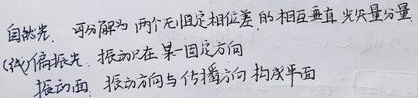
自然光，可分解为两个无固定相位差的相互垂直、光矢量分量（线）偏振光，振动在某一固定方向。
振动面：振动方向与传播方向构成平面